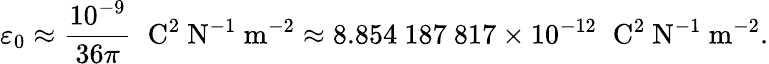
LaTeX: \varepsilon_{0}\approx{\frac{10^{-9}}{36\pi}}\; \; \mathrm{C^{2}\ N^{-1}\ m^{-2}}\approx 8.854\ 187\ 817\times 10^{-12}\; \; \mathrm{C^{2}\ N^{-1}\ m^{-2}}.